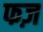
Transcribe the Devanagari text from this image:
फज़